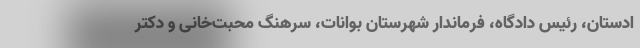
ادستان، رئیس دادگاه، فرماندار شهرستان بوانات، سرهنگ محبت‌خانی و دکتر